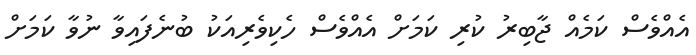
އެއްވެސް ކަމެއް ޖާބިރު ކުރި ކަމަށް އެއްވެސް ހެކިވެރިއަކު ބުނެފައިވާ ނުވާ ކަމަށް